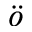
\ddot { o }